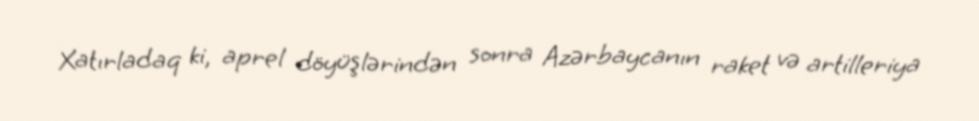
Xatırladaq ki, aprel döyüşlərindən sonra Azərbaycanın raket və artilleriya